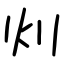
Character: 灲